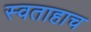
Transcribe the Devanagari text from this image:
स्वताहाच